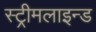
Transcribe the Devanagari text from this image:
स्ट्रीमलाइन्ड